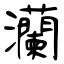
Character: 灡